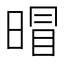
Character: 𱢕